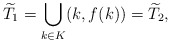
\begin{align*}\widetilde{T}_1 = \bigcup_{k\in K} (k, f(k)) = \widetilde{T}_2,\end{align*}